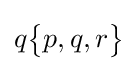
q{\begin{Bmatrix}p,q,r\end{Bmatrix}}